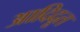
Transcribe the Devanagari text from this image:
आदिदूत